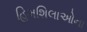
હિમશિલાઓના